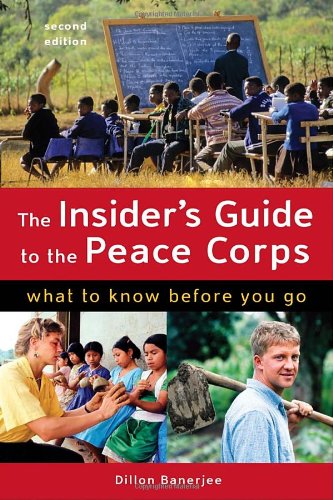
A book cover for The Insider's Guide to the Peace Corps: What to Know Before You Go; Dillon Banerjee; Business & Money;